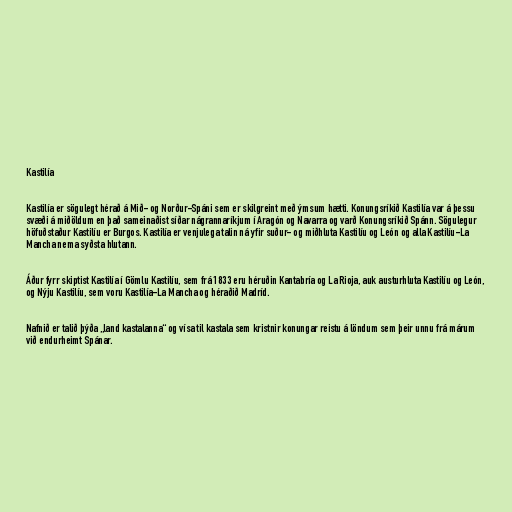
Kastilía

Kastilía er sögulegt hérað á Mið- og Norður-Spáni sem er skilgreint með ýmsum hætti. Konungsríkið Kastilía var á þessu
svæði á miðöldum en það sameinaðist síðar nágrannaríkjum í Aragón og Navarra og varð Konungsríkið Spánn. Sögulegur
höfuðstaður Kastilíu er Burgos. Kastilía er venjulega talin ná yfir suður- og miðhluta Kastilíu og León og alla Kastilíu-La
Mancha nema syðsta hlutann.

Áður fyrr skiptist Kastilía í Gömlu Kastilíu, sem frá 1833 eru héruðin Kantabría og La Rioja, auk austurhluta Kastilíu og León,
og Nýju Kastilíu, sem voru Kastilía-La Mancha og héraðið Madríd.

Nafnið er talið þýða „land kastalanna“ og vísa til kastala sem kristnir konungar reistu á löndum sem þeir unnu frá márum
við endurheimt Spánar.